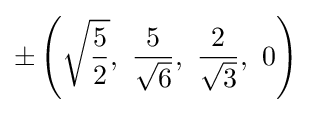
\pm \left({\sqrt {\frac {5}{2}}},\ {\frac {5}{\sqrt {6}}},\ {\frac {2}{\sqrt {3}}},\ 0\right)